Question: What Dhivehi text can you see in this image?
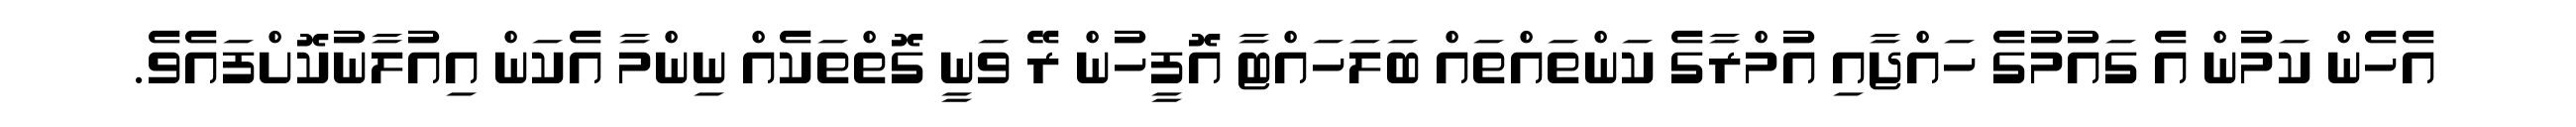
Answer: އެހެން ކަމުން އެ ގައުމުގެ ހައްޖާއި އުމްރާގެ ކަންތައްތައް ބަލަހައްޓާ އޮފީހުން ރޭ ވަނީ ގޮތްތަކެއް ނިންމާ އެކަން އިއުލާނުކޮށްފައެވެ.